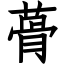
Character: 蓇